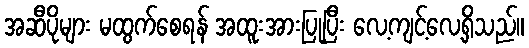
အဆီပိုများ မထွက်စေရန် အထူးအားပြုပြီး လေ့ကျင့်လေ့ရှိသည်။